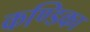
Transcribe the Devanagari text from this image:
कण्‍डिका